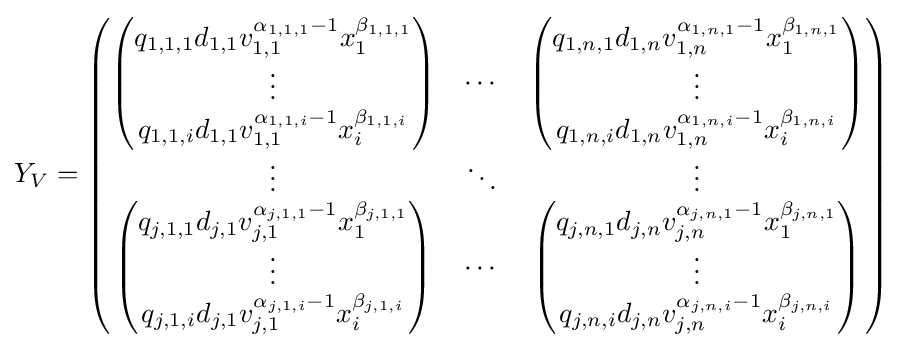
Y_{V}={\begin{pmatrix}{\begin{pmatrix}q_{1,1,1}d_{1,1}v_{1,1}^{\alpha _{1,1,1}-1}x_{1}^{\beta _{1,1,1}}\\\vdots \\q_{1,1,i}d_{1,1}v_{1,1}^{\alpha _{1,1,i}-1}x_{i}^{\beta _{1,1,i}}\end{pmatrix}}&\cdots &{\begin{pmatrix}q_{1,n,1}d_{1,n}v_{1,n}^{\alpha _{1,n,1}-1}x_{1}^{\beta _{1,n,1}}\\\vdots \\q_{1,n,i}d_{1,n}v_{1,n}^{\alpha _{1,n,i}-1}x_{i}^{\beta _{1,n,i}}\end{pmatrix}}\\\vdots &\ddots &\vdots \\{\begin{pmatrix}q_{j,1,1}d_{j,1}v_{j,1}^{\alpha _{j,1,1}-1}x_{1}^{\beta _{j,1,1}}\\\vdots \\q_{j,1,i}d_{j,1}v_{j,1}^{\alpha _{j,1,i}-1}x_{i}^{\beta _{j,1,i}}\end{pmatrix}}&\cdots &{\begin{pmatrix}q_{j,n,1}d_{j,n}v_{j,n}^{\alpha _{j,n,1}-1}x_{1}^{\beta _{j,n,1}}\\\vdots \\q_{j,n,i}d_{j,n}v_{j,n}^{\alpha _{j,n,i}-1}x_{i}^{\beta _{j,n,i}}\end{pmatrix}}\end{pmatrix}}